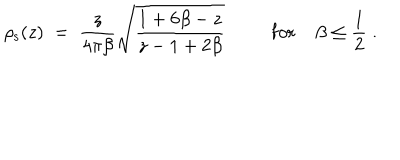
\rho _ { \mathrm { s } } ( z ) \; = \; { \frac { z } { 4 \pi \beta } } \sqrt { { \frac { 1 + 6 \beta - z } { z - 1 + 2 \beta } } } \mathrm { f o r } \; \beta \leq { \frac { 1 } { 2 } } \; .